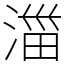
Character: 湽